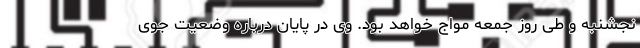
نجشنبه و طی روز جمعه مواج خواهد بود. وی در پایان درباره وضعیت جوی